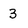
Character: 3